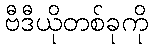
ဗီဒီယိုတစ်ခုကို